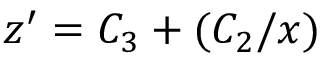
z ^ { \prime } = C _ { 3 } + ( C _ { 2 } / x )